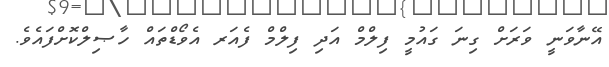
އޭނާވަނީ ވަރަށް ގިނަ ގައުމީ ފިލްމް އަދި ފިލްމް ފެއަރ އެވޯޑްތައް ހާޞިލްކޮށްފައެވެ.